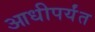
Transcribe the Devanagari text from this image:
आधीपर्यंत